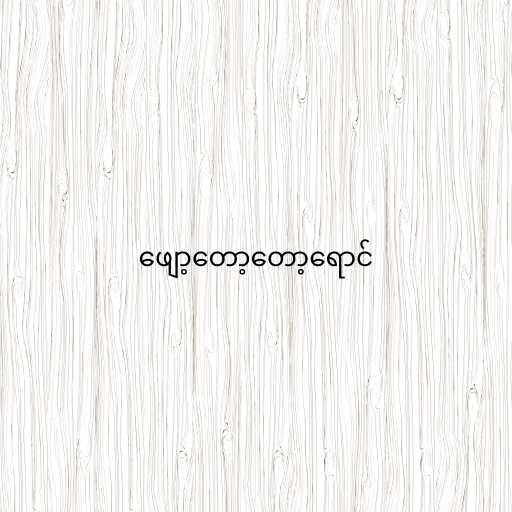
ဖျော့တော့တော့ရောင်